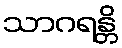
သာဂရန္တိ